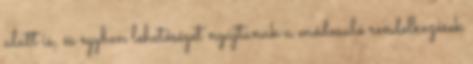
alatt is, és egyben lehetőséget nyújtanak a módosuló rendelkezések